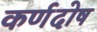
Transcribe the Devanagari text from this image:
कर्णदोष